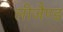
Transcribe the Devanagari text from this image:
लीजैण्ड